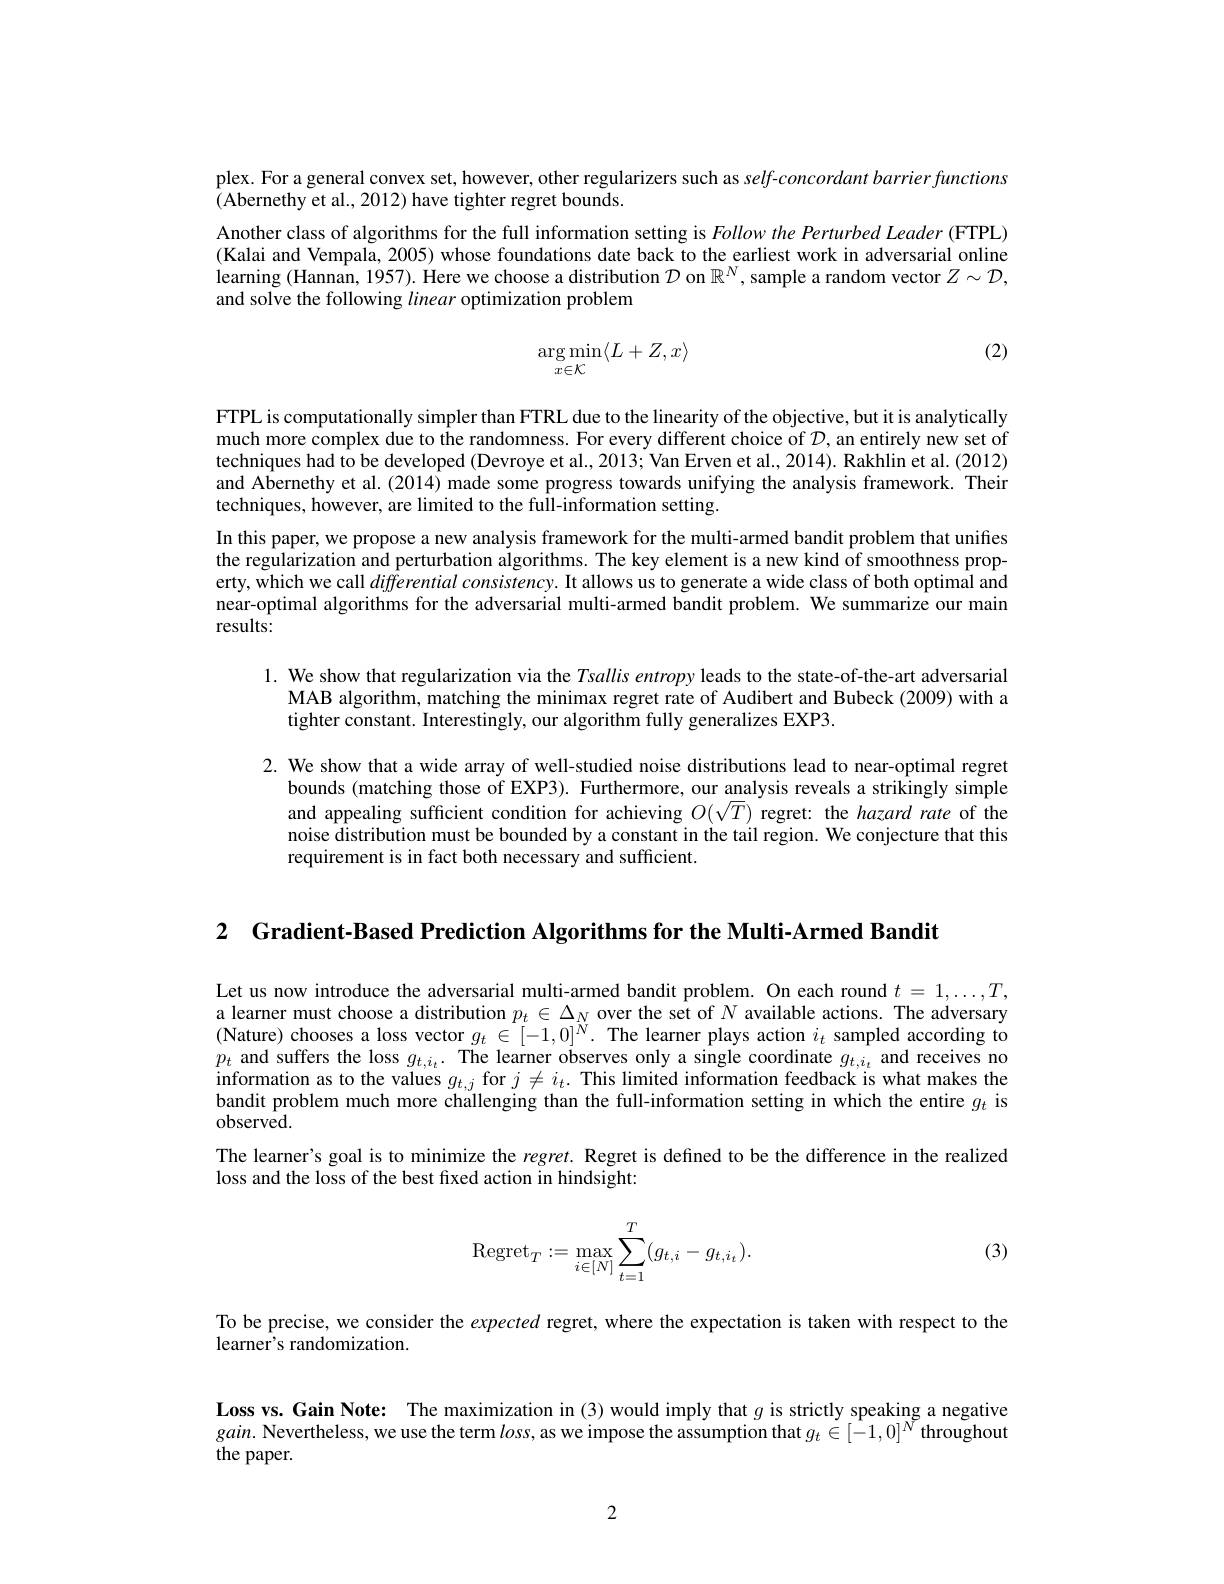
plex. For a general convex set, however, other regularizers such as self-concordant barrier functions
(Abernethy et al., 2012) have tighter regret bounds.
Another class of algorithms for the full information setting is Follow the Perturbed Leader (FTPL) (Kalai and Vempala, 2005) whose foundations date back to the earliest work in adversarial online learning (Hannan, 1957). Here we choose a distribution $\mathcal{D}$ on $\mathbb{R}^N$, sample a random vector $Z\sim\mathcal{D}$, and solve the following linear optimization problem

(2)
$$\underset{x\in\mathcal K}{\arg\min}\langle L+Z,x\rangle $$
FTPL is computationally simpler than FTRL due to the linearity of the objective, but it is analytically much more complex due to the randomness. For every different choice of $\mathcal{D}$, an entirely new set of techniques had to be developed (Devroye et al., 2013; Van Erven et al., 2014). Rakhlin et al. (2012) and Abernethy et al. (2014) made some progress towards unifying the analysis framework. Their techniques, however, are limited to the full-information setting.
In this paper, we propose a new analysis framework for the multi-armed bandit problem that unifies the regularization and perturbation algorithms. The key element is a new kind of smoothness property, which we call differential consistency. It allows us to generate a wide class of both optimal and near-optimal algorithms for the adversarial multi-armed bandit problem. We summarize our main results:

1. We show that regularization via the $Tsallis\textit{ entropy leads to the state- of- the- art adversarial}$
MAB algorithm, matching the minimax regret rate of Audibert and Bubeck (2009) with a
tighter constant. Interestingly, our algorithm fully generalizes EXP3.

2. We show that a wide array of well-studied noise distributions lead to near-optimal regret
bounds (matching those of EXP3). Furthermore, our analysis reveals a strikingly simple and appealing sufficient condition for achieving $O(\sqrt{T})$ regret: the hazard rate of the noise distribution must be bounded by a constant in the tail region. We conjecture that this requirement is in fact both necessary and sufficient.

2 Gradient-Based Prediction Algorithms for the Multi-Armed Bandit

Let us now introduce the adversarial multi-armed bandit problem. On each round $t=1,\ldots,T$, a learner must choose a distribution $p_t\in\Delta_N$ over the set of $N$ available actions. The adversary (Nature) chooses a loss vector $g_t\in[-1,0]^{\bar{N}}.$ The learner plays action $i_t$ sampled according to $p_t$ and suffers the loss $g_t,i_t.$ The learner observes only a single coordinate $g_t,i_t$ and receives no information as to the values $g_{t,j}$ for $j\neq i_t.$ This limited information feedback is what makes the bandit problem much more challenging than the full-information setting in which the entire $g_{t}$ is observed.
The learner's goal is to minimize the $regret.$ Regret is defined to be the difference in the realized
loss and the loss of the best fixed action in hindsight:
$$\text{Regret}_T:=\max_{i\in[N]}\sum_{t=1}^T(g_{t,i}-g_{t,i_t}).$$
(3)

To be precise, we consider the expected regret, where the expectation is taken with respect to the
learner's randomization.

Loss vs. Gain Note: The maximization in (3) would imply that $g$ is strictly speaking a negative $gain.$ Nevertheless, we use the term $loss$, as we impose the assumption that $g_t\in[-1,0]^{\breve{N}}$ throughout the paper.

2